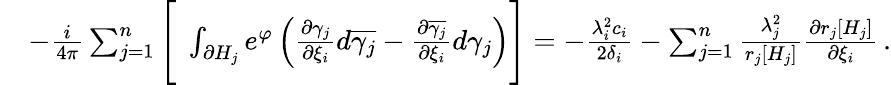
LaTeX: \begin{array}{rl}&{-{\frac{i}{4\pi}}\sum_{j=1}^{n}\Bigg[\; \int_{\partial H_{j}}e^{\varphi}\left({\frac{\partial\gamma_{j}}{\partial\xi_{i}}}d\overline{{\gamma_{j}}}-{\frac{\partial\overline{{\gamma_{j}}}}{\partial\xi_{i}}}d\gamma_{j}\right)\Bigg]=-{\frac{\lambda_{i}^{2}c_{i}}{2\delta_{i}}}-\sum_{j=1}^{n}{\frac{\lambda_{j}^{2}}{r_{j}[H_{j}]}}{\frac{\partial r_{j}[H_{j}]}{\partial\xi_{i}}}\, .}\end{array}